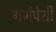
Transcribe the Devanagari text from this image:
गर्भपेशी